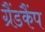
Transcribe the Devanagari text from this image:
ग्रैंडकैंप